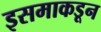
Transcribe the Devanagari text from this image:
इसमाकडून